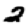
Digit: 2